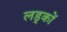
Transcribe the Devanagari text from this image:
लड़्कों